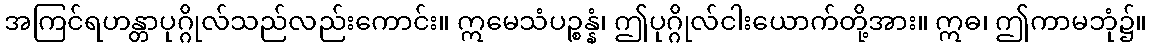
အကြင်ရဟန္တာပုဂ္ဂိုလ်သည်လည်းကောင်း။ ဣမေသံပဉ္စန္နံ၊ ဤပုဂ္ဂိုလ်ငါးယောက်တို့အား။ ဣဓ၊ ဤကာမဘုံ၌။